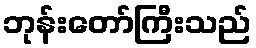
ဘုန်းတော်ကြီးသည်